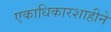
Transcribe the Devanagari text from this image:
एकाधिकारशाहीने